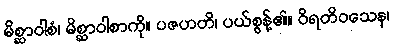
မိစ္ဆာဝါစံ၊ မိစ္ဆာဝါစာကို။ ပဇဟတိ၊ ပယ်စွန့်၏။ ဝိရတိဝသေန၊